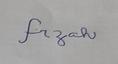
Signature authenticity: forged